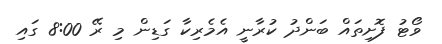
ވޯޓު ފޮށިތައް ބަންދު ކުރާނީ އެމެރިކާ ގަޑިން މި ރޭ 8:00 ގައި